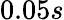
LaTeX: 0.05s